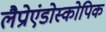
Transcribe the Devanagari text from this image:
लैप्रोएंडोस्कोपिक